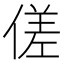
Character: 傞